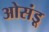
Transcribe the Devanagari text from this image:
ओसंडू